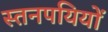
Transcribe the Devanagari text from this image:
स्तनपयियों